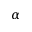
\alpha